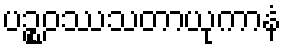
ပဉ္စဝဿသတာယုကာနံ